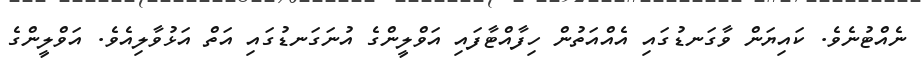
ނެއްޓުނެވެ. ކައިޔަން ވާގަނޑުގައި އެއްއަތުން ހިފާއްޓާފައި އަވްލީންގެ އުނަގަނޑުގައި އަތް އަޅުވާލިއެވެ. އަވްލީންގެ